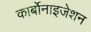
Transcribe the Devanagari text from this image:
कार्बोनाइजेशन